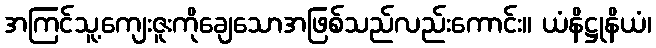
အကြင်သူ့ကျေးဇူးကိုချေသောအဖြစ်သည်လည်းကောင်း။ ယံနိဋ္ဌုနိယံ၊